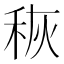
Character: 𮃃